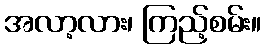
အလာ့လား၊ ကြည့်စမ်း။